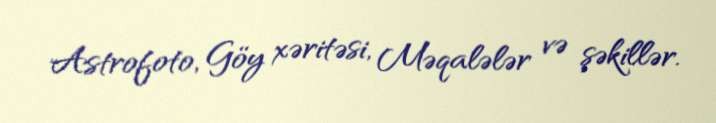
Astrofoto, Göy xəritəsi, Məqalələr və şəkillər.